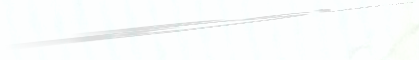
محل البرتقال الطازج: عصائ